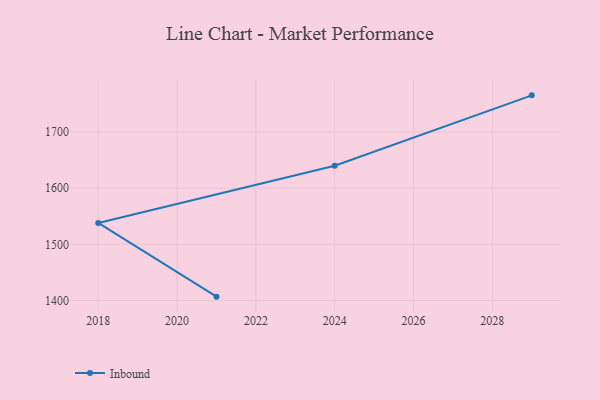
{"axis": {"x": "Year", "y": "Tickets Resolved"}, "legend": ["Inbound"], "data": [{"x": "2021", "y": 1407.0, "type": "Inbound"}, {"x": "2018", "y": 1538.1, "type": "Inbound"}, {"x": "2024", "y": 1639.7, "type": "Inbound"}, {"x": "2029", "y": 1765.0, "type": "Inbound"}]}